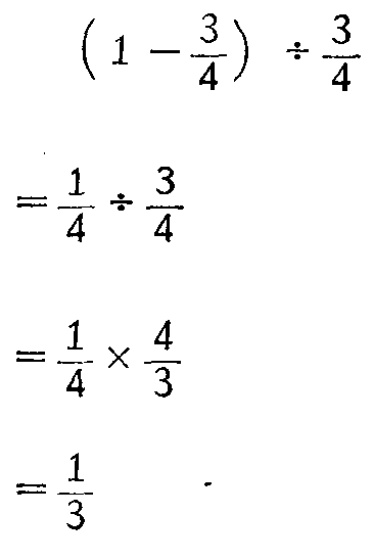
\((1 - \frac{3}{4}) \div \frac{3}{4}\)

\(=\frac{1}{4} \div \frac{3}{4}\)

\(=\frac{1}{4} \times \frac{4}{3}\)

\(=\frac{1}{3}\)